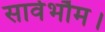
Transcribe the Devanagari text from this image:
सार्वभौम।